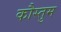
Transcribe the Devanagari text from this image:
कौस्तुम